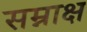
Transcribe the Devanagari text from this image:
सम्नाक्ष